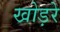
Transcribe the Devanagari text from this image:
खोड़रे